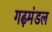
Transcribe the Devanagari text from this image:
गढ़मंडल